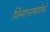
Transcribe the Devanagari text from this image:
विमानासाठेचे